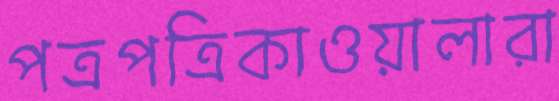
পত্রপত্রিকাওয়ালারা